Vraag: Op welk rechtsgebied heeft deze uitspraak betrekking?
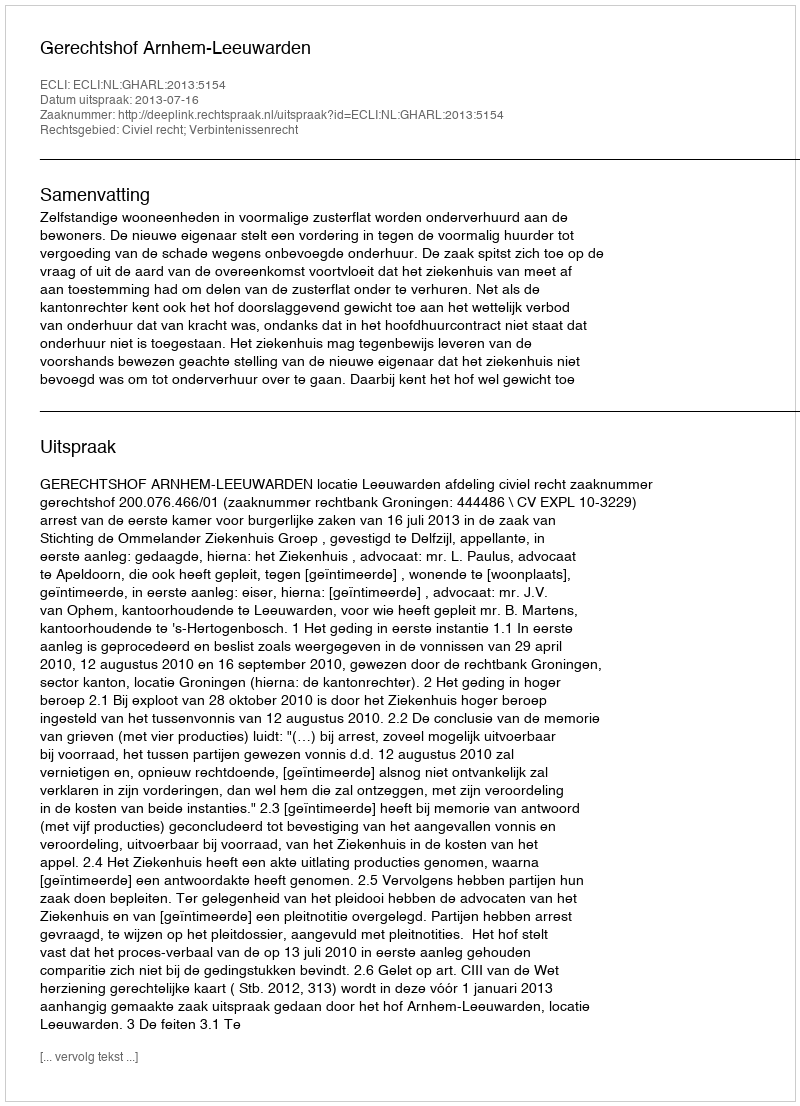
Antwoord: Civiel recht; Verbintenissenrecht